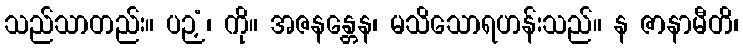
သည်သာတည်း။ ပဉှံ၊ ကို။ အဇနန္တေန၊ မသိသောရဟန်းသည်။ န ဇာနာမီတိ၊